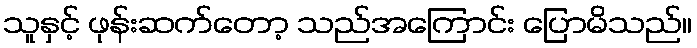
သူနှင့် ဖုန်းဆက်တော့ သည်အကြောင်း ပြောမိသည်။